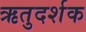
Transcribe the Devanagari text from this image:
ऋतुदर्शक